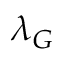
\lambda _ { G }